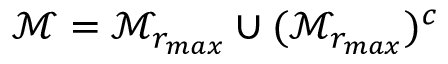
\mathcal { M } = \mathcal { M } _ { r _ { m a x } } \cup ( \mathcal { M } _ { r _ { m a x } } ) ^ { c }